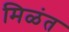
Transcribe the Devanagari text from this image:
मिळंत